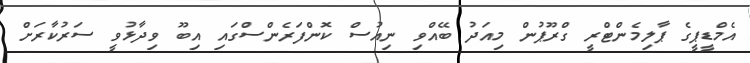
އެމްޑީޕީގެ ޕާލިމެންޓްރީ ގްރޫޕުން މިއަދު ބޭއްވި ނިއުސް ކޮންފަރެންސްގައި އިބޫ ވިދާޅުވީ ސަރުކާރަށް